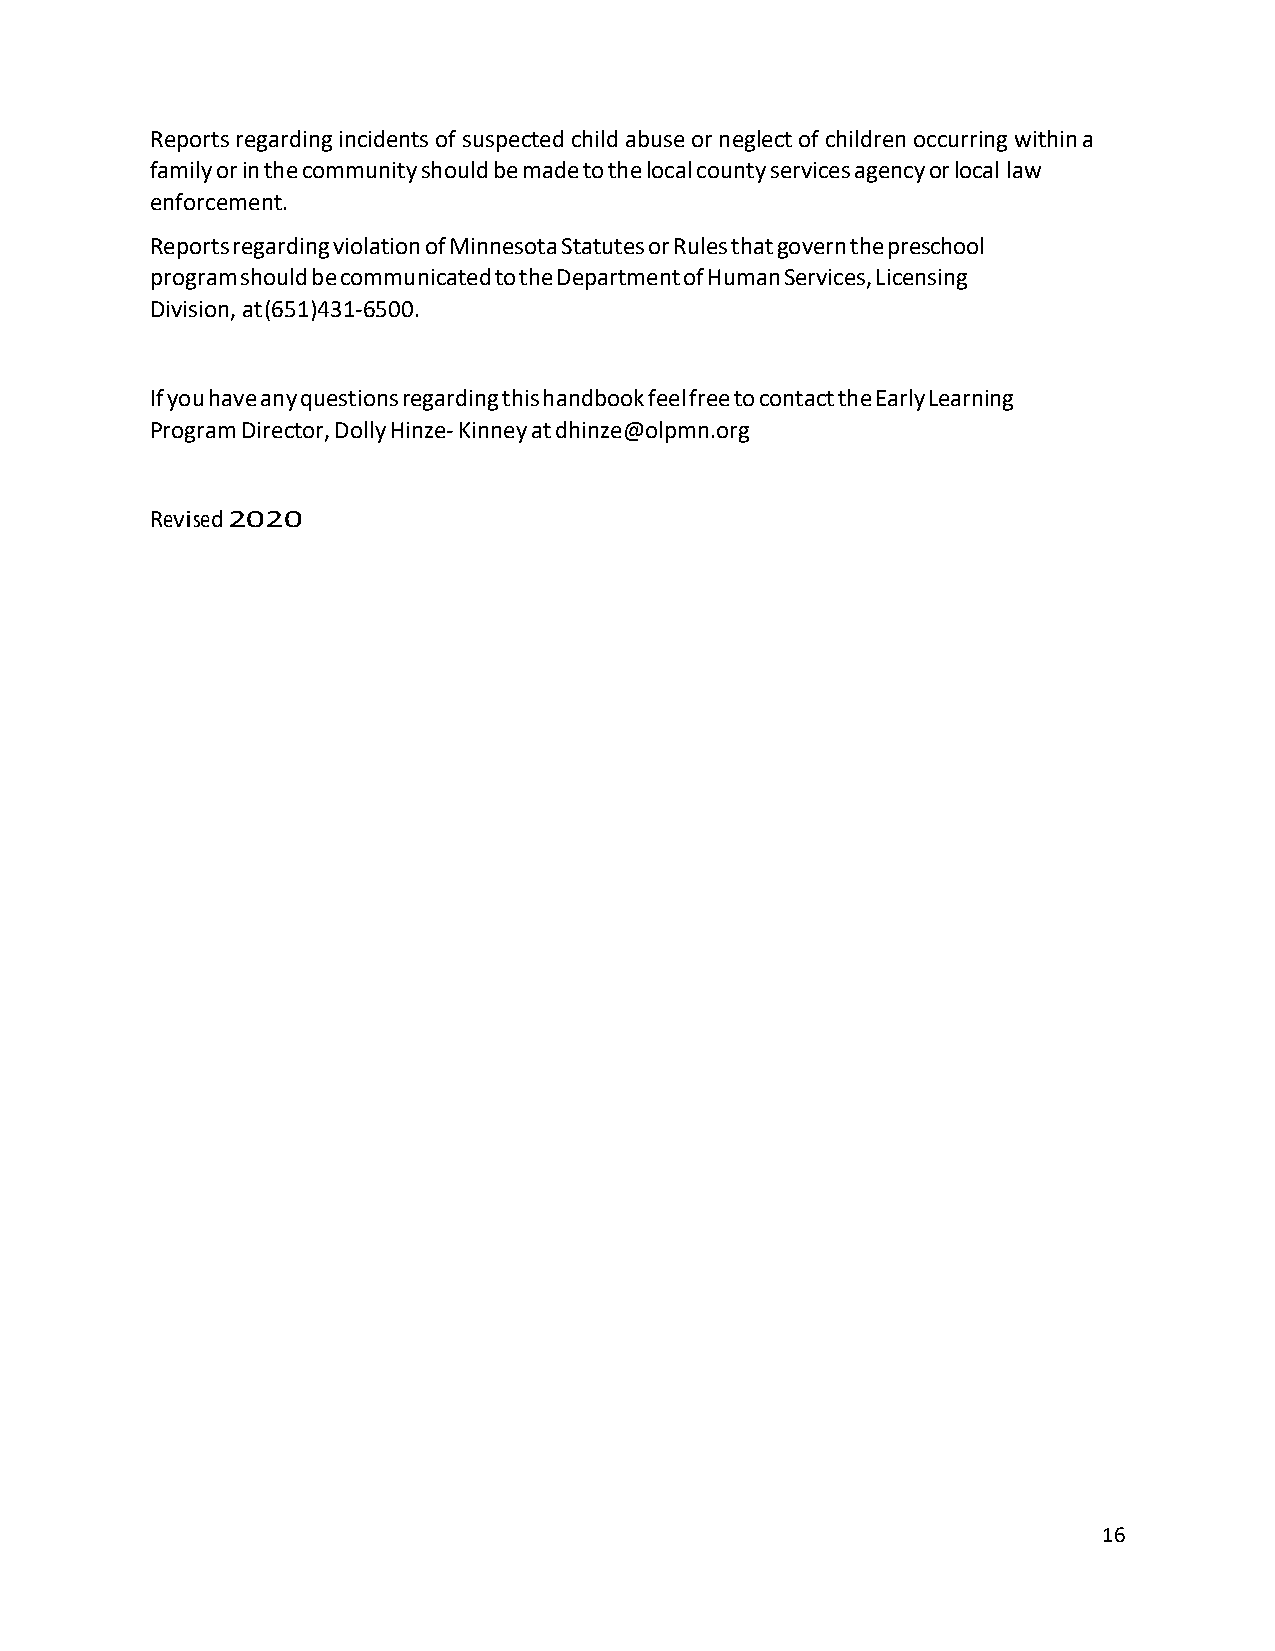
Reports regarding incidents of suspected child abuse or neglect of children occurring within a
 family or in the community should be made to the local county services agency or local law
 enforcement.
 Reports regarding violation of Minnesota Statutes or Rules that govern the preschool
 program should be communicated to the Department of Human Services, Licensing
 Division, at (651)431-6500.
 If you have any questions regarding this handbook feel free to contact the Early Learning
 Program Director, Dolly Hinze- Kinney at dhinze@olpmn.org
 Revised 2020
 16